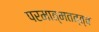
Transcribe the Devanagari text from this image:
परमात्मतत्त्व